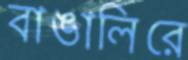
বাঙালিরে